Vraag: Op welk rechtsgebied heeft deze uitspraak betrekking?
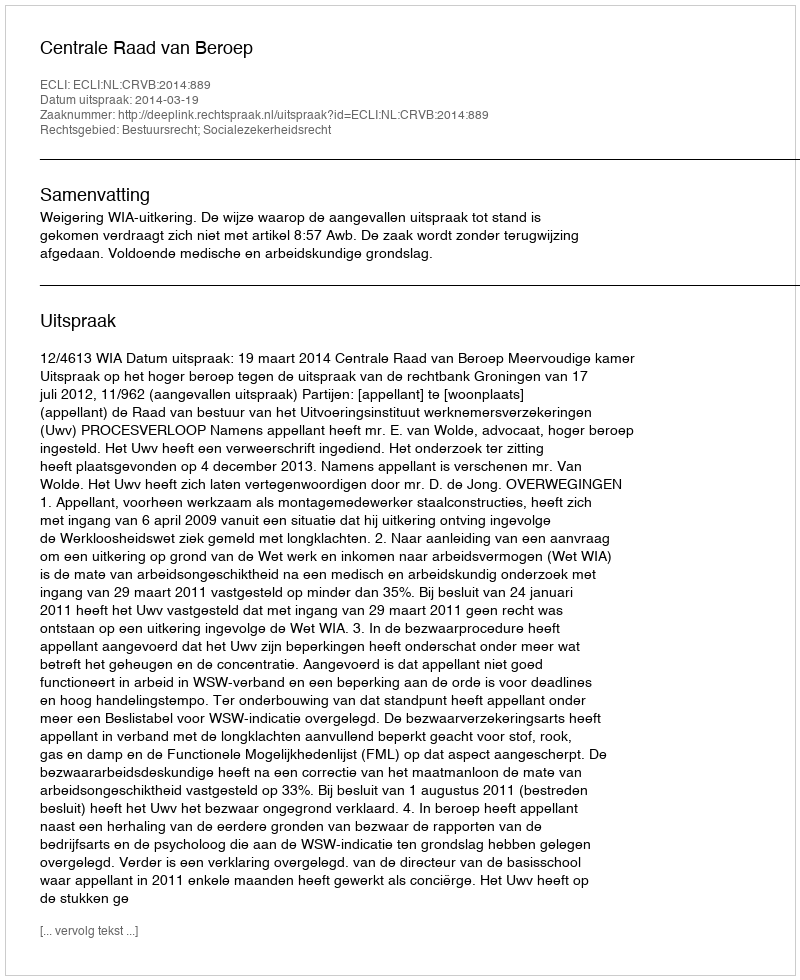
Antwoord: Bestuursrecht; Socialezekerheidsrecht